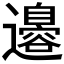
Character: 𮟣